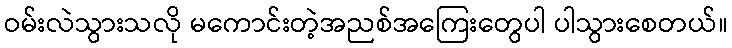
ဝမ်းလဲသွားသလို မကောင်းတဲ့အညစ်အကြေးတွေပါ ပါသွားစေတယ်။